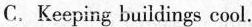
C.Keeping bulidings cool.